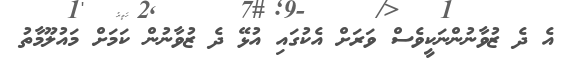
އެ ދެ ޒުވާނުންނަކީވެސް ވަރަށް އެކުގައި އުޅޭ ދެ ޒުވާނުން ކަމަށް މައުލޫމާތު